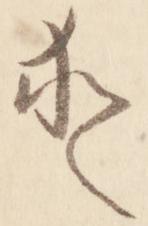
愛